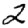
Digit: 2